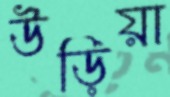
উড়িয়া